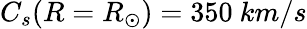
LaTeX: C_{s}(R=R_{\odot})=350~km/s